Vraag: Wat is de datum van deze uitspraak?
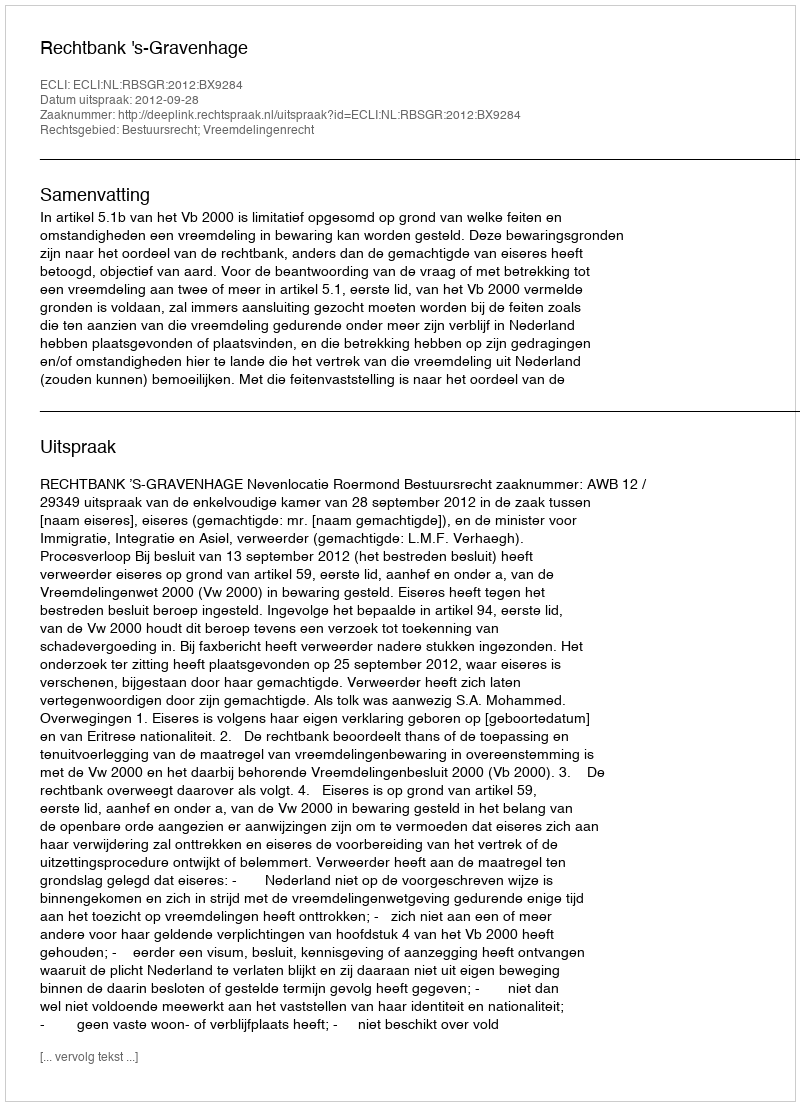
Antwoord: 2012-09-28